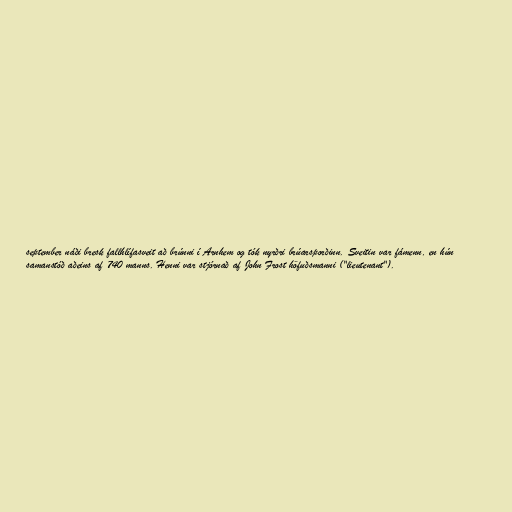
september náði bresk fallhlífasveit að brúnni í Arnhem og tók nyrðri brúarsporðinn. Sveitin var fámenn, en hún
samanstóð aðeins af 740 manns. Henni var stjórnað af John Frost höfuðsmanni ("lieutenant").